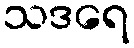
သဒရေ